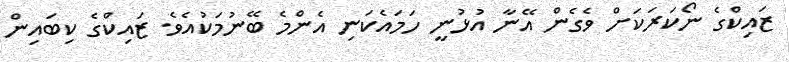
ޒައިކްގެ ނޯކަރަކަށް ވެގެން އޭނާ އުޅުނީ ހަމައެކަނި އެންމެ ބޭނުމަކުއެވެ. ޒައިކްގެ ކިބައިން